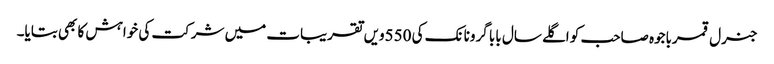
جنرل قمرباجوہ صاحب کو اگلے سال بابا گرونانک کی 550ویں تقریبات میں شرکت کی خواہش کا بھی بتایا۔